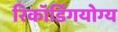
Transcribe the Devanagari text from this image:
रिकॉर्डिंगयोग्य